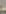
-